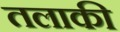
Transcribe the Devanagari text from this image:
तलाकी